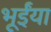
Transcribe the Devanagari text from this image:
भूईंया